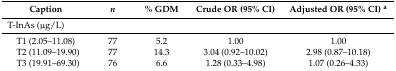
<table><thead><tr><td><b>Caption</b></td><td><b><i>n</i></b></td><td><b>% GDM</b></td><td><b>Crude OR (95% CI)</b></td><td><b>Adjusted OR (95% CI) <sup>a</sup></b></td></tr></thead><tbody><tr><td colspan="5">T-InAs (μg/L)</td></tr><tr><td> T1 (2.05–11.08)</td><td>77</td><td>5.2</td><td>1.00</td><td>1.00</td></tr><tr><td> T2 (11.09–19.90)</td><td>77</td><td>14.3</td><td>3.04 (0.92–10.02)</td><td>2.98 (0.87–10.18)</td></tr><tr><td> T3 (19.91–69.30)</td><td>76</td><td>6.6</td><td>1.28 (0.33–4.98)</td><td>1.07 (0.26–4.33)</td></tr></tbody></table>